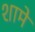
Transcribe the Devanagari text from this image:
शामे